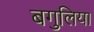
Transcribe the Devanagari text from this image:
बगुलिया